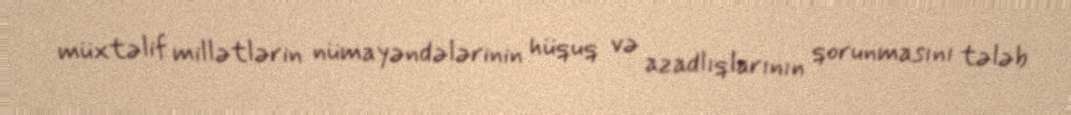
müxtəlif millətlərin nümayəndələrinin hüquq və azadlıqlarının qorunmasını tələb